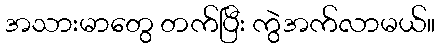
အသားမာတွေ တက်ပြီး ကွဲအက်လာမယ်။